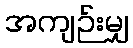
အကျဉ်းမျှ